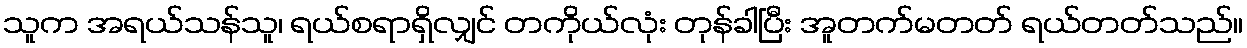
သူက အရယ်သန်သူ၊ ရယ်စရာရှိလျှင် တကိုယ်လုံး တုန်ခါပြီး အူတက်မတတ် ရယ်တတ်သည်။